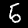
Label: 5